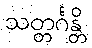
သတ္တင်္ဂန္တိ